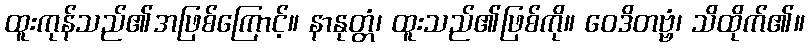
ထူးကုန်သည်၏အဖြစ်ကြောင့်။ နာနုတ္တံ၊ ထူးသည်၏ဖြစ်ကို။ ဝေဒိတဗ္ဗံ၊ သိထိုက်၏။